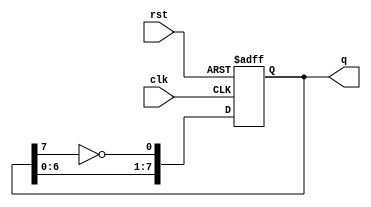
module johnson_counter (
    input wire clk,      // Clock input
    input wire rst,      // Reset input
    output reg [7:0] q   // 8-bit output
);

// Sequential logic to implement the 8-bit Johnson counter
always @(posedge clk or posedge rst) begin
    if (rst) begin
        q <= 8'b00000000; // Reset the counter to 0
    end else begin
        // Johnson counter behavior
        // Shift the bits and feed back the inverted last output to the first flip-flop
        q[0] <= ~q[7];    // D0 takes inverted Q7
        q[1] <= q[0];     // D1 takes Q0
        q[2] <= q[1];     // D2 takes Q1
        q[3] <= q[2];     // D3 takes Q2
        q[4] <= q[3];     // D4 takes Q3
        q[5] <= q[4];     // D5 takes Q4
        q[6] <= q[5];     // D6 takes Q5
        q[7] <= q[6];     // D7 takes Q6
    end
end

endmodule